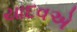
યાદવએ